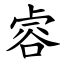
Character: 䜭